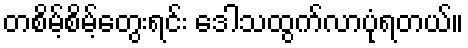
တစိမ့်စိမ့်တွေးရင်း ဒေါသထွက်လာပုံရတယ်။